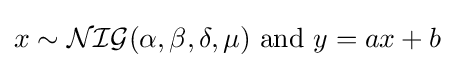
x\sim {\mathcal {NIG}}(\alpha ,\beta ,\delta ,\mu ){\text{ and }}y=ax+b